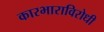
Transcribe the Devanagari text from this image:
कारभाराविरोधी